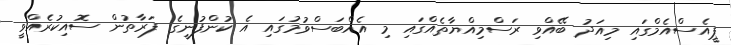
ޕީއެސްއެމްގައި މިއަދު ބޭއްވި ރަސްމިއްޔާތެއްގައި މި އެއްބަސްވުމުގައި އެ ކުންފުނީގެ ފަރާތުން ސޮއިކުރެއްވީ